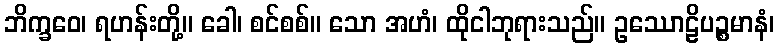
ဘိက္ခဝေ၊ ရဟန်းတို့။ ခေါ၊ စင်စစ်။ သော အဟံ၊ ထိုငါဘုရားသည်။ ဥဿောဠိပဉ္စမာနံ၊